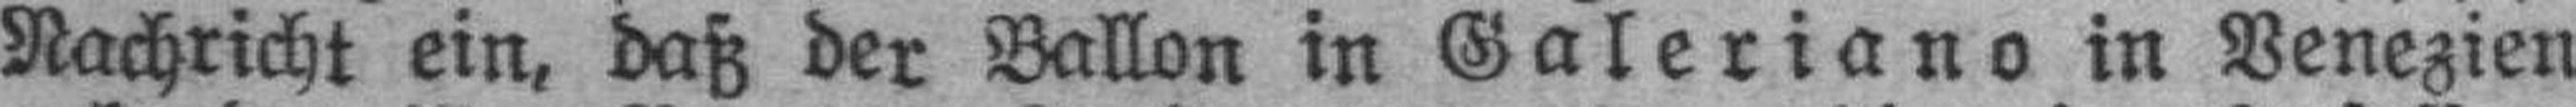
Nachricht ein, daß der Ballon in Galeriano in Venezien